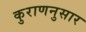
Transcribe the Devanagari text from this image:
कुराणनुसार